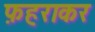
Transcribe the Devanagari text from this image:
फ़हराकर